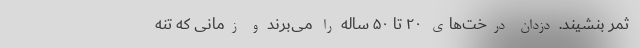
ثمر بنشیند. دزدان درخت‌های ۲۰ تا ۵۰ ساله را می‌برند و زمانی که تنه